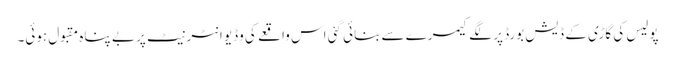
پولیس کی گاڑی کے ڈیش بورڈ پر لگے کیمرے سے بنائی گئی اس واقعے کی وڈیو انٹرنیٹ پر بے پناہ مقبول ہوئی۔